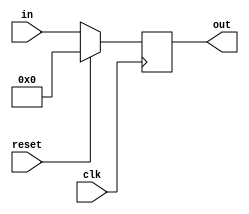
// Register, 32 bits, no enable input
module reg_32bitne(out, in, reset, clk);

   output [31:0] out;
   reg [31:0]    out;
   input [31:0]  in;
   input         clk, reset;
   
   always @(posedge clk)
     begin
        if(reset == 1'b1)
          out <= 0;
        else
          out <= in;
     end
   
endmodule